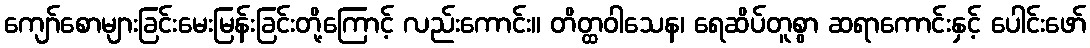
ကျော်စောများခြင်းမေးမြန်းခြင်းတို့ကြောင့် လည်းကောင်း။ တိတ္ထဝါသေန၊ ရေဆိပ်တူစွာ ဆရာကောင်းနှင့် ပေါင်းဖော်